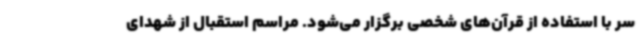
سر با استفاده از قرآن‌های شخصی برگزار می‌شود. مراسم استقبال از شهدای